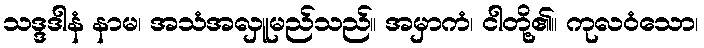
သဒ္ဒဒါနံ နာမ၊ အသံအလှူမည်သည်။ အမှာကံ၊ ငါတို့၏။ ကုလဝံသော၊